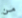
من